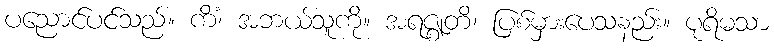
ပညောင်ပင်သည်။ ကိံ၊ အဘယ်သူကို။ အရဇ္ဈတိ၊ ပြစ်မှားပေသနည်း။ ပုရိမသာ